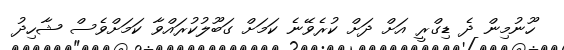
ހޫނުމިން ދެ ޑިގްރީ އަށް ދަށް ކުރެވޭނެ ކަމަށް ގަބޫލުކުރައްވާ ކަމަށްވެސް ޝާހިދު